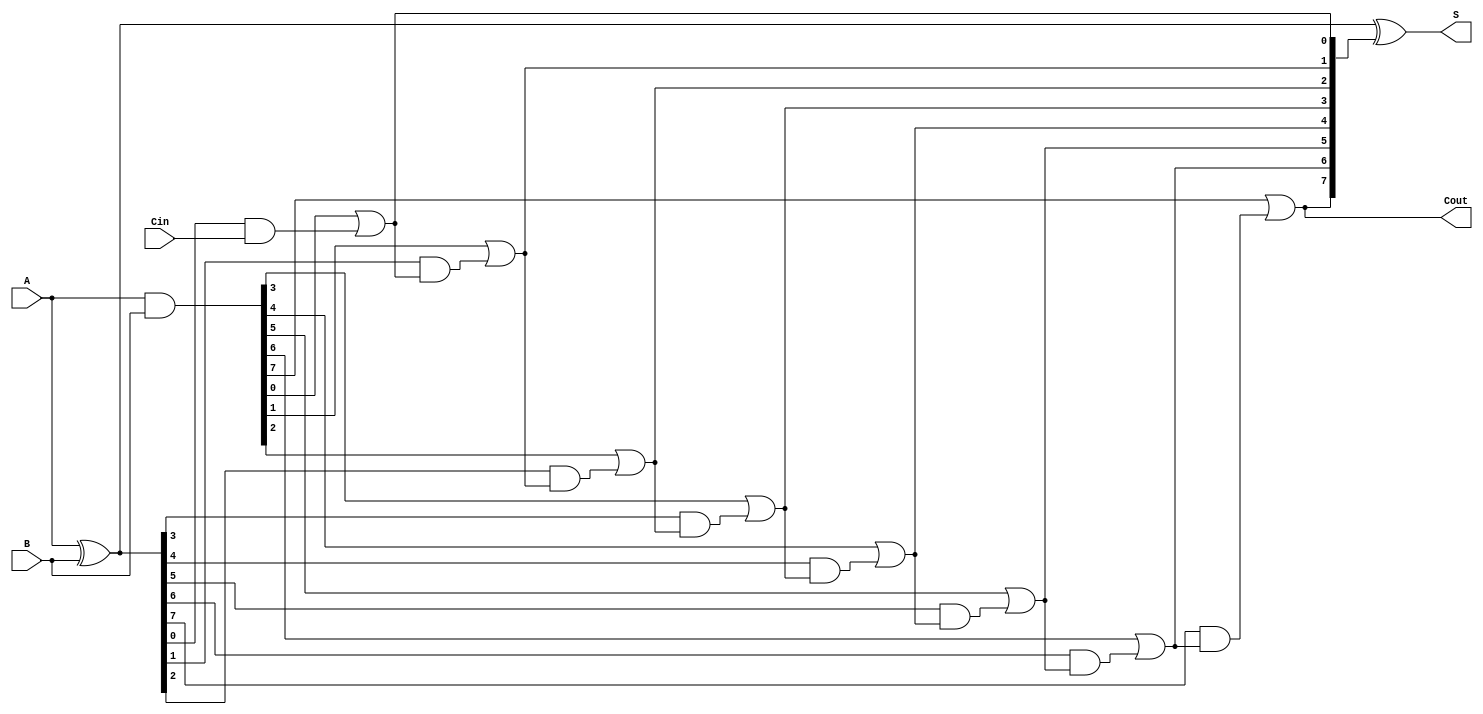
module SklanskyAdder #(parameter N = 8) (
    input [N-1:0] A,
    input [N-1:0] B,
    input Cin,
    output [N-1:0] S,
    output Cout
);

    wire [N-1:0] G; // Generate signals
    wire [N-1:0] P; // Propagate signals
    wire [N:0] C;   // Carry signals

    // Generate and Propagate signals computation
    assign G = A & B;
    assign P = A ^ B;
    assign C[0] = Cin;  // Initial carry input

    // Level 1: Carry computation
    genvar i;
    generate
        for (i = 0; i < N; i = i + 1) begin : carry_gen
            assign C[i + 1] = G[i] | (P[i] & C[i]);
        end
    endgenerate

    // Sum computation
    assign S = P ^ C[N:1]; // Sum bits

    // Carry-out
    assign Cout = C[N];

endmodule